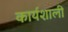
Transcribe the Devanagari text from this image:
कार्यशाली